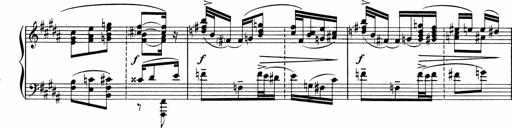
Title: Sonatine pour piano
Composer: Albert Roussel